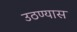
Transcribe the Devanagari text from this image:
उठण्यास